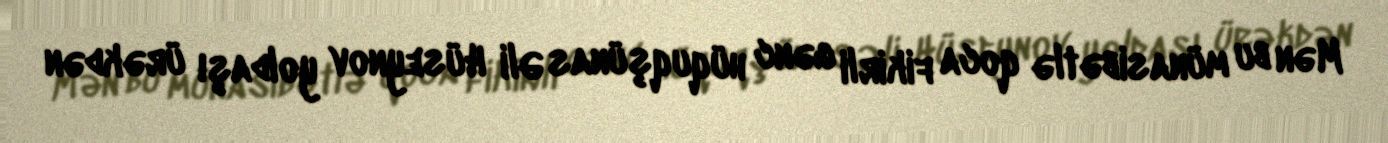
Mən bu münasibətlə qoca fikirli gənc hüquqşünas Əli Hüseynov yoldaşı ürəkdən